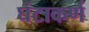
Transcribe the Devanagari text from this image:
घंटाकर्ण